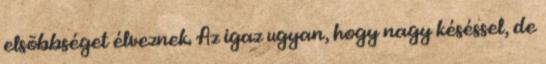
elsõbbséget élveznek. Az igaz ugyan, hogy nagy késéssel, de